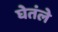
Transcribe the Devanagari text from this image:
घेतंले